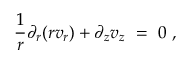
\frac 1 r \partial _ { r } ( r v _ { r } ) + \partial _ { z } v _ { z } \ = \ 0 ~ ,